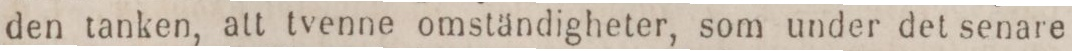
den tanken, att tvenne omständigheter, som under det senare